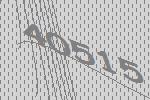
40515